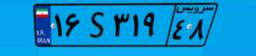
۱۶S۳۱۹۴۸